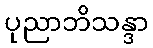
ပုညာဘိသန္ဒာ